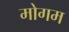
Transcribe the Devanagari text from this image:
मोगम